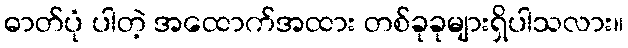
ဓာတ်ပုံ ပါတဲ့ အထောက်အထား တစ်ခုခုများရှိပါသလား။